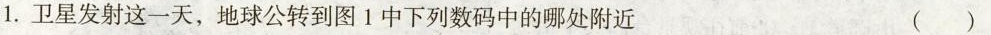
1.卫星发射这一天，地球公转到图1中下列数码中的哪处附近 ( )